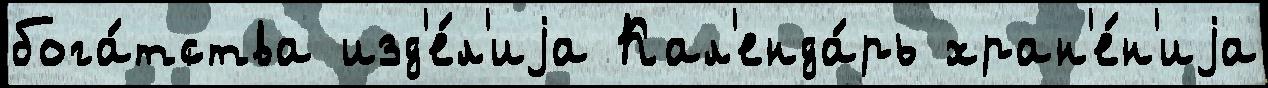
бога́тства изд'е́л'иjа Кал'енда́рь хран'е́н'иjа